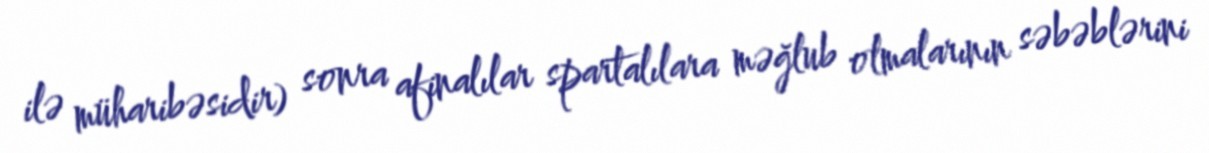
ilə müharibəsidir) sonra afinalılar spartalılara məğlub olmalarının səbəblərini